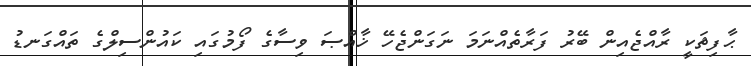
ޙާފިޡަކީ ރާއްޖެއިން ބޭރު ފަރާތެއްނަމަ ނަގަންޖެހޭ ޚާއްޞަ ވިސާގެ ފޯމުގައި ކައުންސިލްގެ ތައްގަނޑު